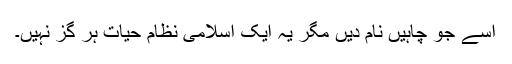
اسے جو چاہیں نام دیں مگر یہ ایک اسلامی نظام حیات ہر گز نہیں۔